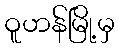
ဝူဟန်မြို့မှ